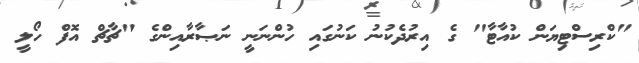
"ކްރިސްޓިޔަން ކުއާޓާ" ގެ އިރުދެކުނު ކަނުގައި ހުންނަނީ ނަޞާރާއިންގެ "ޗާޗް އޮފް ހޯލީ